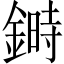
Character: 𨫉